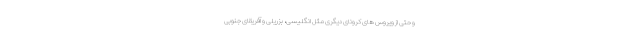
و حتی از ویروس های کرونای دیگری مثل انگلیسی، بزریلی و آفریقای جنوبی